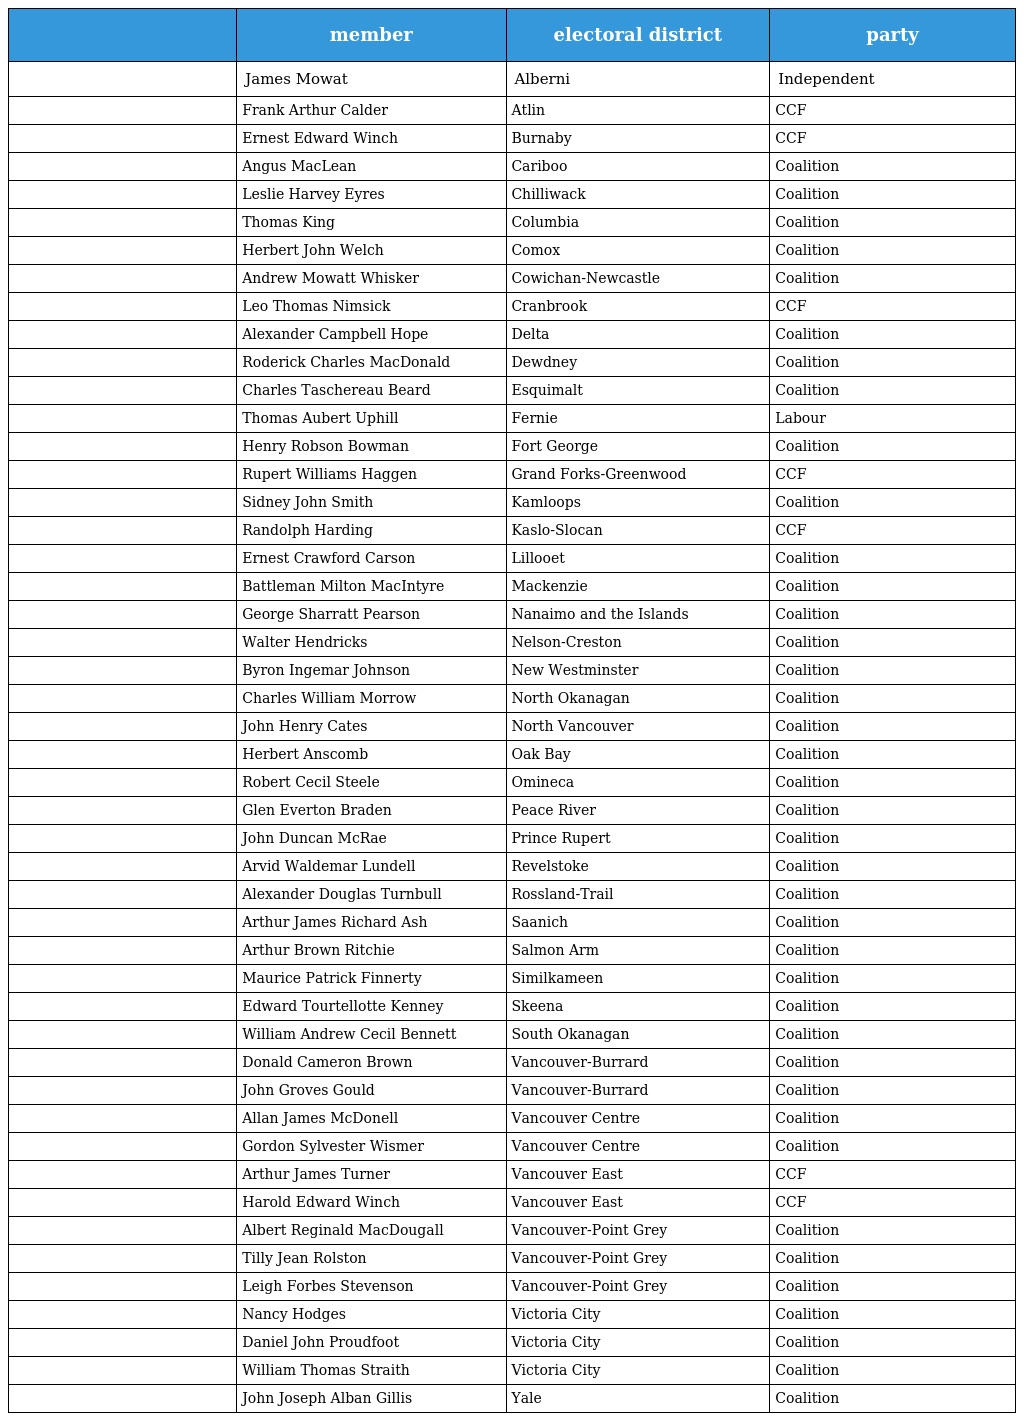
|  | member | electoral district | party |
 | --- | --- | --- | --- |
 |  | James Mowat | Alberni | Independent |
 |  | Frank Arthur Calder | Atlin | CCF |
 |  | Ernest Edward Winch | Burnaby | CCF |
 |  | Angus MacLean | Cariboo | Coalition |
 |  | Leslie Harvey Eyres | Chilliwack | Coalition |
 |  | Thomas King | Columbia | Coalition |
 |  | Herbert John Welch | Comox | Coalition |
 |  | Andrew Mowatt Whisker | Cowichan-Newcastle | Coalition |
 |  | Leo Thomas Nimsick | Cranbrook | CCF |
 |  | Alexander Campbell Hope | Delta | Coalition |
 |  | Roderick Charles MacDonald | Dewdney | Coalition |
 |  | Charles Taschereau Beard | Esquimalt | Coalition |
 |  | Thomas Aubert Uphill | Fernie | Labour |
 |  | Henry Robson Bowman | Fort George | Coalition |
 |  | Rupert Williams Haggen | Grand Forks-Greenwood | CCF |
 |  | Sidney John Smith | Kamloops | Coalition |
 |  | Randolph Harding | Kaslo-Slocan | CCF |
 |  | Ernest Crawford Carson | Lillooet | Coalition |
 |  | Battleman Milton MacIntyre | Mackenzie | Coalition |
 |  | George Sharratt Pearson | Nanaimo and the Islands | Coalition |
 |  | Walter Hendricks | Nelson-Creston | Coalition |
 |  | Byron Ingemar Johnson | New Westminster | Coalition |
 |  | Charles William Morrow | North Okanagan | Coalition |
 |  | John Henry Cates | North Vancouver | Coalition |
 |  | Herbert Anscomb | Oak Bay | Coalition |
 |  | Robert Cecil Steele | Omineca | Coalition |
 |  | Glen Everton Braden | Peace River | Coalition |
 |  | John Duncan McRae | Prince Rupert | Coalition |
 |  | Arvid Waldemar Lundell | Revelstoke | Coalition |
 |  | Alexander Douglas Turnbull | Rossland-Trail | Coalition |
 |  | Arthur James Richard Ash | Saanich | Coalition |
 |  | Arthur Brown Ritchie | Salmon Arm | Coalition |
 |  | Maurice Patrick Finnerty | Similkameen | Coalition |
 |  | Edward Tourtellotte Kenney | Skeena | Coalition |
 |  | William Andrew Cecil Bennett | South Okanagan | Coalition |
 |  | Donald Cameron Brown | Vancouver-Burrard | Coalition |
 |  | John Groves Gould | Vancouver-Burrard | Coalition |
 |  | Allan James McDonell | Vancouver Centre | Coalition |
 |  | Gordon Sylvester Wismer | Vancouver Centre | Coalition |
 |  | Arthur James Turner | Vancouver East | CCF |
 |  | Harold Edward Winch | Vancouver East | CCF |
 |  | Albert Reginald MacDougall | Vancouver-Point Grey | Coalition |
 |  | Tilly Jean Rolston | Vancouver-Point Grey | Coalition |
 |  | Leigh Forbes Stevenson | Vancouver-Point Grey | Coalition |
 |  | Nancy Hodges | Victoria City | Coalition |
 |  | Daniel John Proudfoot | Victoria City | Coalition |
 |  | William Thomas Straith | Victoria City | Coalition |
 |  | John Joseph Alban Gillis | Yale | Coalition |